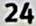
24